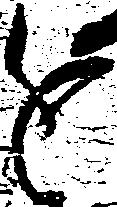
進